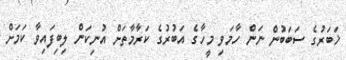
ޚަބަރުގެ ސަބަބުން ނަން ހާމަވި މީހާގެ އަބުރުގެ ކަރާމާތަށް އުނިކަން ލިބިފައިވާ ކަމަށް